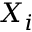
X _ { i }